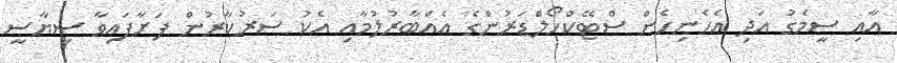
އާއި ސީމެގު އަދި އެހެނިހެން ސްޓޭކްހޯލްޑަރުންގެ އެއްބާރުލުމާއި އެކު ސަރުކާރުން ފަށާފައިވާ ސިޔާސީ